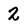
Character: 2